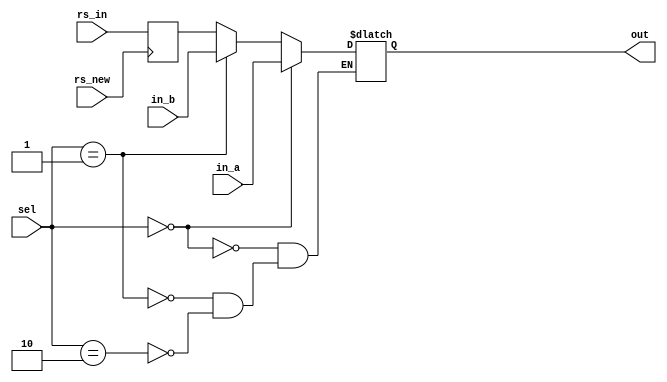
// ECE:3350 SISC processor project
// 16-bit mux

`timescale 1ns/100ps

module mux16 (rs_new, rs_in, in_a, in_b, sel, out);

  /*
   *  16-BIT MULTIPLEXER - mux16.v
   *
   *  Inputs:
       - rs_new: Says when a new Rs value is there
   *   - in_a (16 bits): First input to the multiplexer. Chosen when sel = 0.
   *   - in_b (16 bits): Second input to the multiplexer. Chosen when sel = 1.
       - rs_in (16_bits): Rs register into the multiplexer. Chosen when sel = 2;
   *   - sel: Controls which input is seen at the output.
   *
   *  Outputs:
   *   - out: Output from the multiplexer.
   *
   */
  input rs_new;
  input[15:0] rs_in;
  reg[15:0] rs_hold;
  input[15:0] in_a;
  input[15:0] in_b;
  input[1:0]  sel;
  output [15:0] out;

  reg   [15:0] out;

  always @(posedge rs_new)begin
	rs_hold <= rs_in;
  end
   
  always @ (in_a, in_b, sel)
  begin
    if (sel == 0)
      out <= in_a;
    else if(sel == 1)
      out <= in_b;
    else if(sel == 2)
      out <= rs_hold;
  end

endmodule